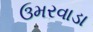
ઉમરવાડા